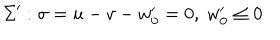
\Sigma ^ { \prime } : \sigma = u - v - w _ { 0 } ^ { \prime } = 0 , ~ w _ { 0 } ^ { \prime } \leq 0